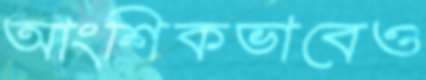
আংশিকভাবেও